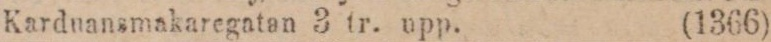
Karduansmakaregatan 3 tr. upp. (1366)